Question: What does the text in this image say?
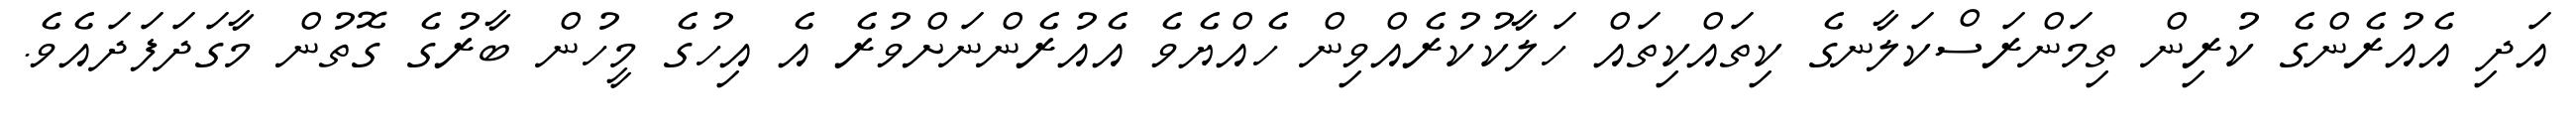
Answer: އަދި އެއުރެންގެ ކުރިން ތިމަންރަސްކަލާނގެ ކިތައްކިތައް ހަލާކުކުރެއްވިން ހެއްޔެވެ އެއުރެންނަށްވުރެ އެ އިހުގެ މީހުން ބާރުގެ ގޮތުން މާގަދަފަދައެވެ.